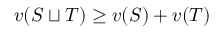
v ( S \sqcup T ) \geq v ( S ) + v ( T )